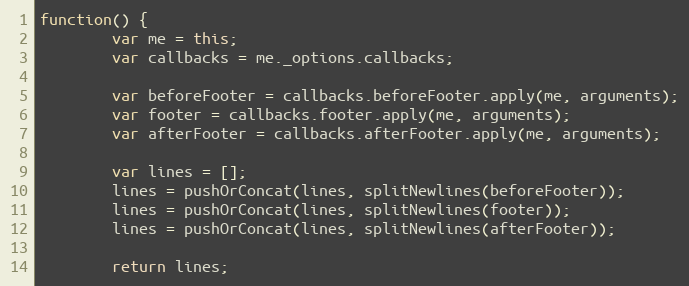
Language: JavaScript
function() {
		var me = this;
		var callbacks = me._options.callbacks;

		var beforeFooter = callbacks.beforeFooter.apply(me, arguments);
		var footer = callbacks.footer.apply(me, arguments);
		var afterFooter = callbacks.afterFooter.apply(me, arguments);

		var lines = [];
		lines = pushOrConcat(lines, splitNewlines(beforeFooter));
		lines = pushOrConcat(lines, splitNewlines(footer));
		lines = pushOrConcat(lines, splitNewlines(afterFooter));

		return lines;